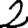
Digit: 2